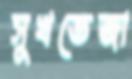
সুখভেজা